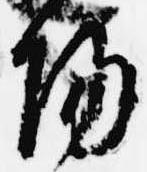
陽